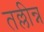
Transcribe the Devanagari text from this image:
तल्लीन्न